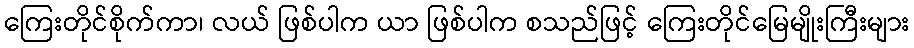
ကြေးတိုင်စိုက်ကာ၊ လယ် ဖြစ်ပါက ယာ ဖြစ်ပါက စသည်ဖြင့် ကြေးတိုင်မြေမျိုးကြီးများ